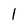
Character: l